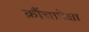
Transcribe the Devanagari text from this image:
क्रौंचापेक्षा